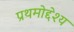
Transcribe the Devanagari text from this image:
प्रथमोद्देश्य